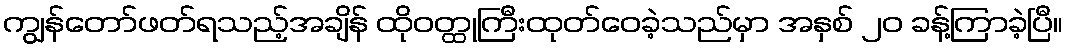
ကျွန်တော်ဖတ်ရသည့်အချိန် ထိုဝတ္ထုကြီးထုတ်ဝေခဲ့သည်မှာ အနှစ် ၂၀ ခန့်ကြာခဲ့ပြီ။